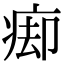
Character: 㾡